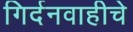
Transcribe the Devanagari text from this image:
गिर्दनवाहीचे